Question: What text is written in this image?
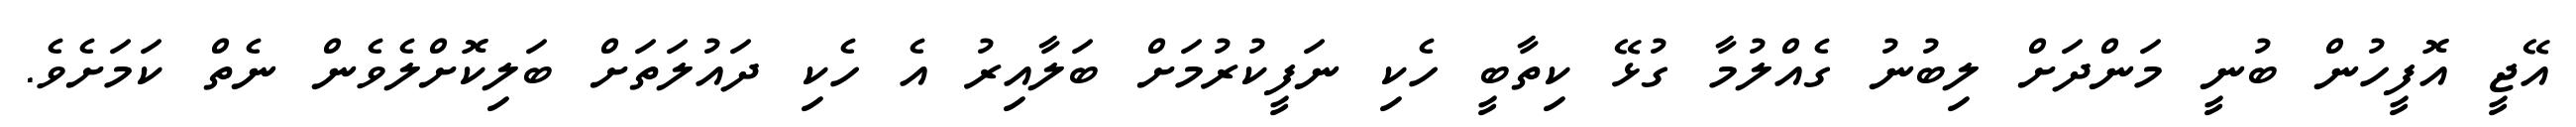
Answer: އޭޖީ އޮފީހުން ބުނީ މަންދަށް ލިބުނު ގެއްލުމާ ގުޅޭ ކިތާބީ ހެކި ނަފީކުރުމަށް ބަލާއިރު އެ ހެކި ދައުލަތަށް ބަލިކޮށްލެވެން ނެތް ކަމަށެވެ.